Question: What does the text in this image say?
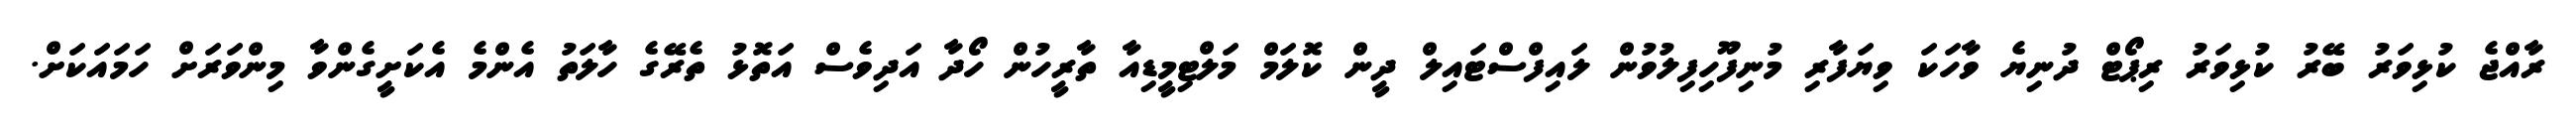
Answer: ރާއްޖެ ކުޅިވަރު ބޭރު ކުޅިވަރު ރިޕޯޓް ދުނިޔެ ވާހަކަ ވިޔަފާރި މުނިފޫހިފިލުވުން ލައިފްސްޓައިލް ދީން ކޮލަމް މަލްޓިމީޑިއާ ތާރީހުން ހޯދާ އަދިވެސް އަތޮޅު ތެރޭގެ ހާލަތު އެންމެ އެކަށީގެންވާ މިންވަރަށް ހަމައަކަށް.